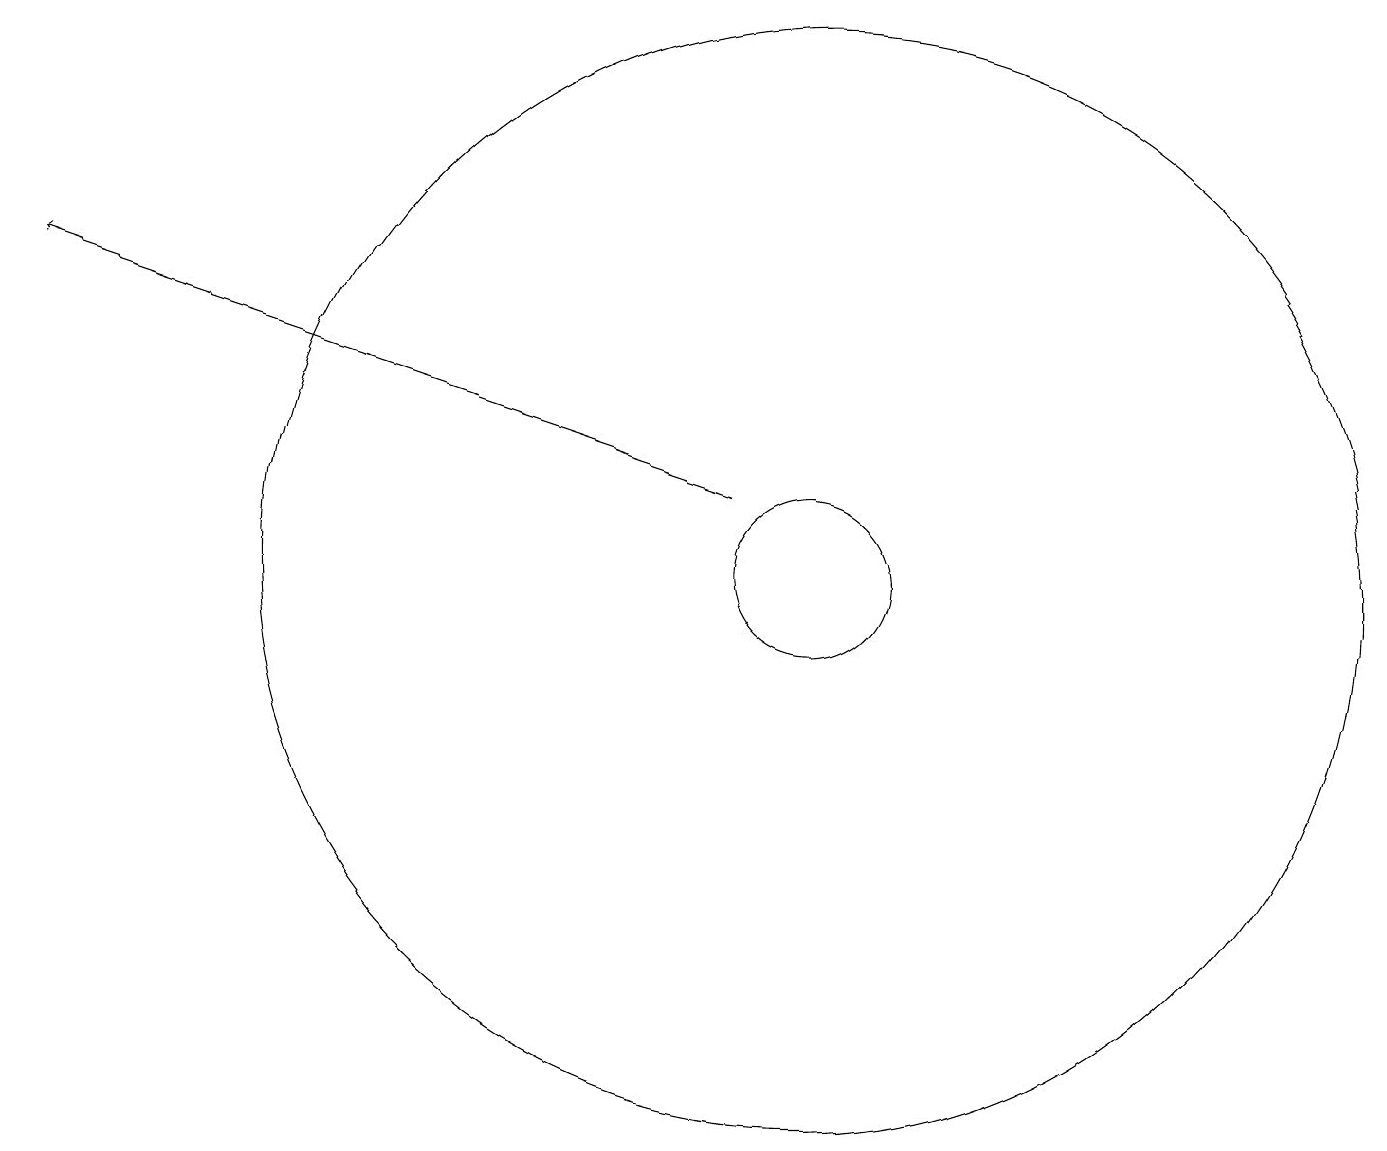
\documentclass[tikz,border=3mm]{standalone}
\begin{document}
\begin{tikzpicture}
\draw (10,11) circle (1);
\draw[->] (9,12) -- (0,15);
\draw (10,11) circle (7);
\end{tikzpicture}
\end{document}